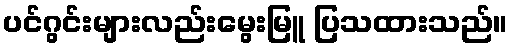
ပင်ဂွင်းများလည်းမွေးမြူ ပြသထားသည်။